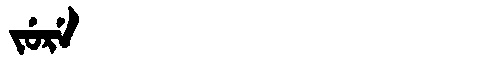
Manchu: ᠵᡠᡵᡝ
Romanization: JURE